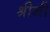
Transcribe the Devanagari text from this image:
श्रीनी